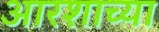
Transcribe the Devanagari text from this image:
आरशाच्या